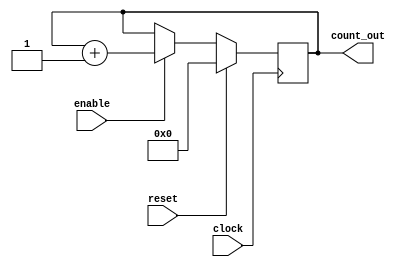
module syncounter8( clock, reset, enable, count_out);

input clock, reset, enable;
output [7:0] count_out;

wire clock, reset, enable;
reg [7:0] count_out;

always @(posedge clock) 
begin
  
   if(reset == 1'b1) 
      begin
        count_out<= #1 8'b00000000;
      end

   else if(enable == 1'b1)
      begin
        count_out<= #1 count_out + 1'b1;
      end
end

endmodule